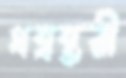
ধন্বন্তরী